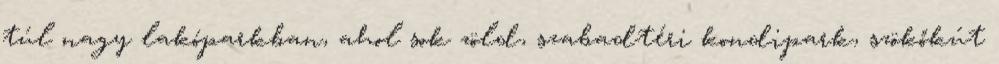
túl nagy lakóparkban, ahol sok zöld, szabadtéri kondipark, szökőkút